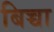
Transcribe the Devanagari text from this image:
बिच्चा